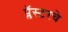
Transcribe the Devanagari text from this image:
प्लॅस्टरचे